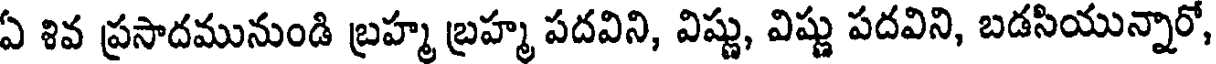
ఏ శివ ప్రసాదమునుండి బ్రహ్మ బ్రహ్మ పదవిని, విష్ణు, విష్ణు పదవిని, బడసియున్నారో,